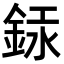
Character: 銾